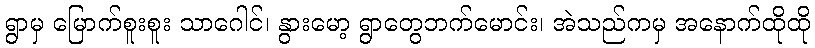
ရွာမှ မြောက်စူးစူး သာဂေါင်၊ နွားမော့ ရွာတွေဘက်မောင်း၊ အဲသည်ကမှ အနောက်ထိုထို